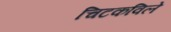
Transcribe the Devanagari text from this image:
चिटकविले